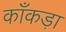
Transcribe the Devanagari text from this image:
काँकड़ा